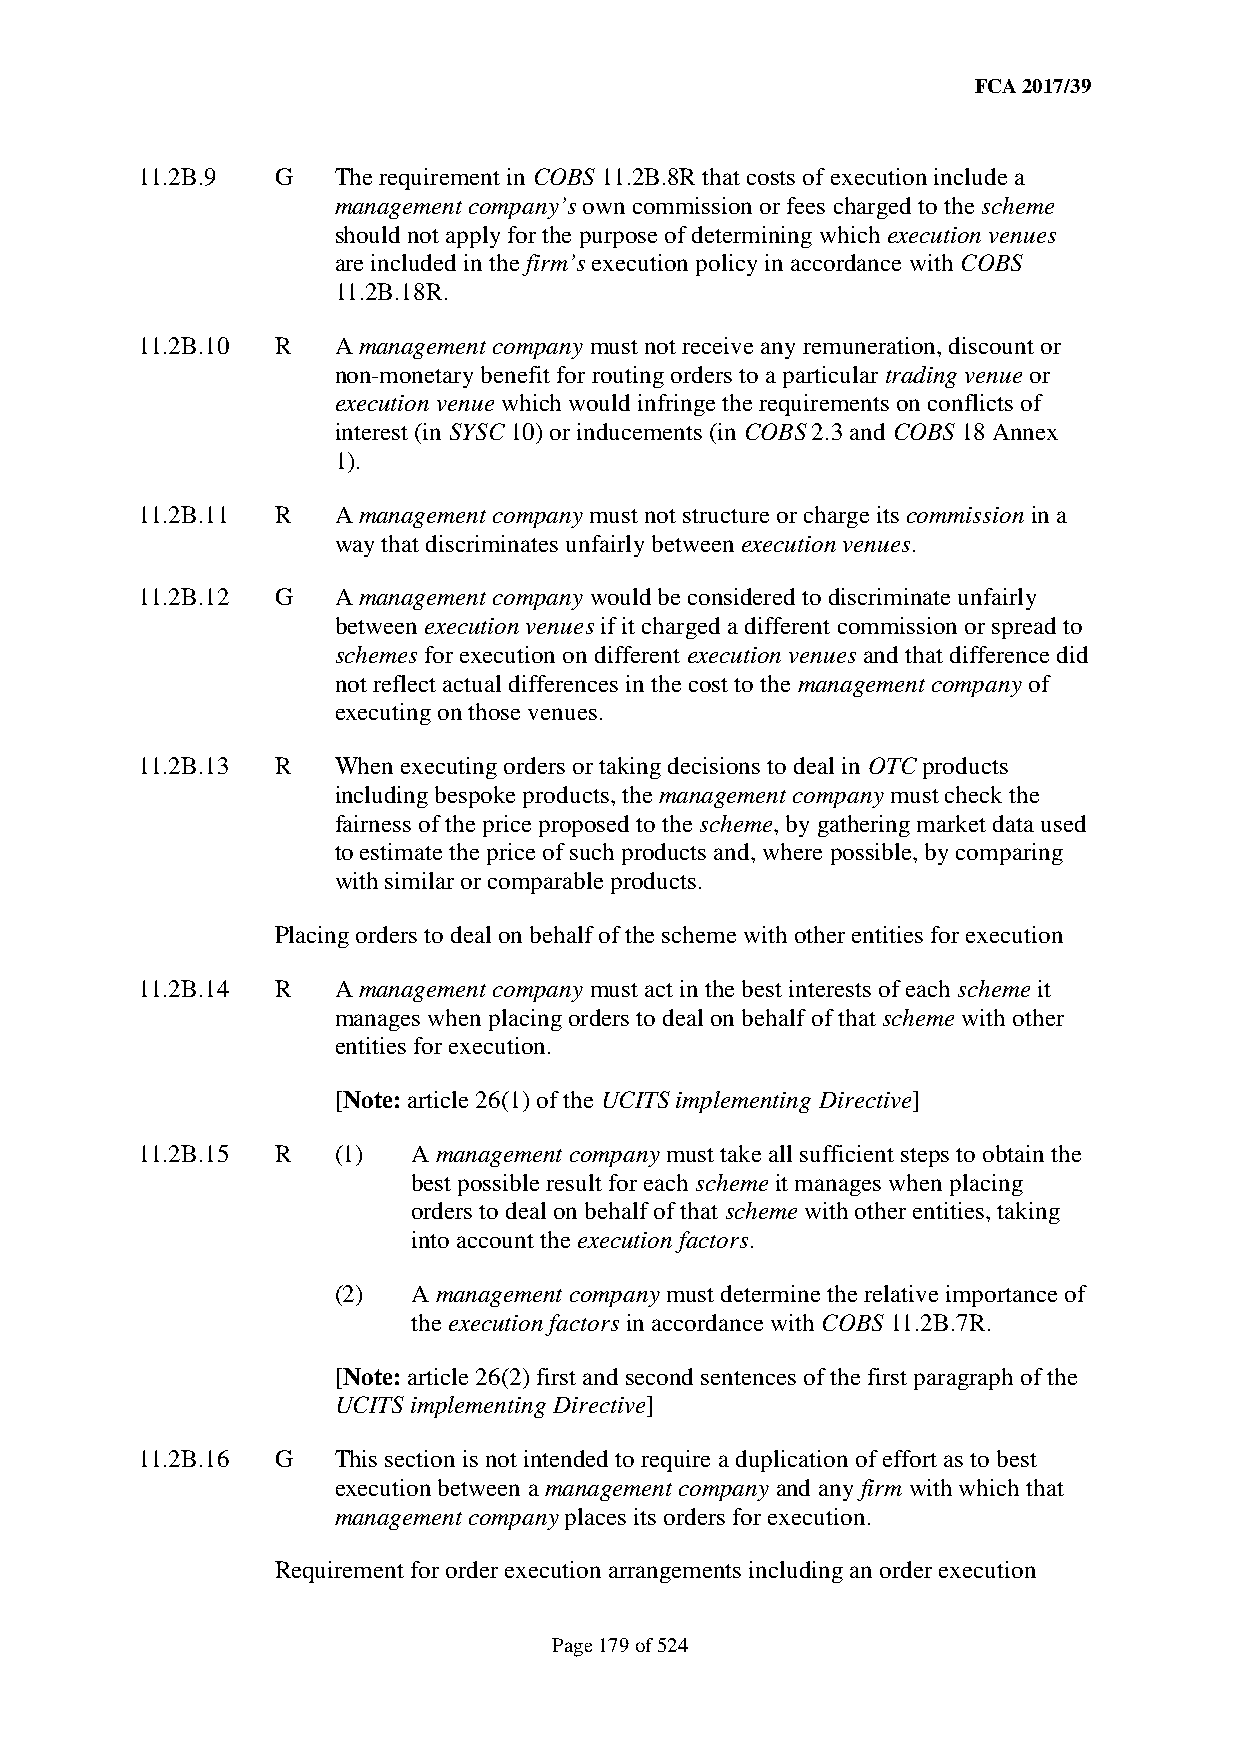
FCA 2017/39
 11.2B.9  G   The requirement in COBS 11.2B.8R that costs of execution include a
 management company’s own commission or fees charged to the scheme
 should not apply for the purpose of determining which execution venues
 are included in the firm’s execution policy in accordance with COBS
 11.2B.18R.
 11.2B.10 R   A management company must not receive any remuneration, discount or
 non-monetary benefit for routing orders to a particular trading venue or
 execution venue which would infringe the requirements on conflicts of
 interest (in SYSC 10) or inducements (in COBS 2.3 and COBS 18 Annex
 1).
 11.2B.11 R   A management company must not structure or charge its commission in a
 way that discriminates unfairly between execution venues.
 11.2B.12 G   A management company would be considered to discriminate unfairly
 between execution venues if it charged a different commission or spread to
 schemes for execution on different execution venues and that difference did
 not reflect actual differences in the cost to the management company of
 executing on those venues.
 11.2B.13 R   When executing orders or taking decisions to deal in OTC products
 including bespoke products, the management company must check the
 fairness of the price proposed to the scheme, by gathering market data used
 to estimate the price of such products and, where possible, by comparing
 with similar or comparable products.
 Placing orders to deal on behalf of the scheme with other entities for execution
 11.2B.14 R   A management company must act in the best interests of each scheme it
 manages when placing orders to deal on behalf of that scheme with other
 entities for execution.
 [Note: article 26(1) of the UCITS implementing Directive]
 11.2B.15 R   (1)  A management company must take all sufficient steps to obtain the
 best possible result for each scheme it manages when placing
 orders to deal on behalf of that scheme with other entities, taking
 into account the execution factors.
 (2)  A management company must determine the relative importance of
 the execution factors in accordance with COBS 11.2B.7R.
 [Note: article 26(2) first and second sentences of the first paragraph of the
 UCITS implementing Directive]
 11.2B.16 G   This section is not intended to require a duplication of effort as to best
 execution between a management company and any firm with which that
 management company places its orders for execution.
 Requirement for order execution arrangements including an order execution
 Page 179 of 524